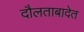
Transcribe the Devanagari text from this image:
दौलताबादेत